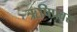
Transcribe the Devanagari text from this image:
ऋषिप्रवर